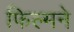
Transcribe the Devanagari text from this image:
फिल्मने